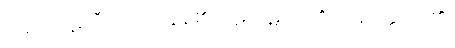
သည်။ ပဋိလီယတိ။ တွန့်၏။ ပဋိကုဋတိ၊ ၏။ ပဋိဝတ္တတိ၊ ၏။